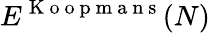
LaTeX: E^{\mathrm{~K~o~o~p~m~a~n~s~}}(N)